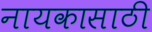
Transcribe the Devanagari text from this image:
नायकासाठी